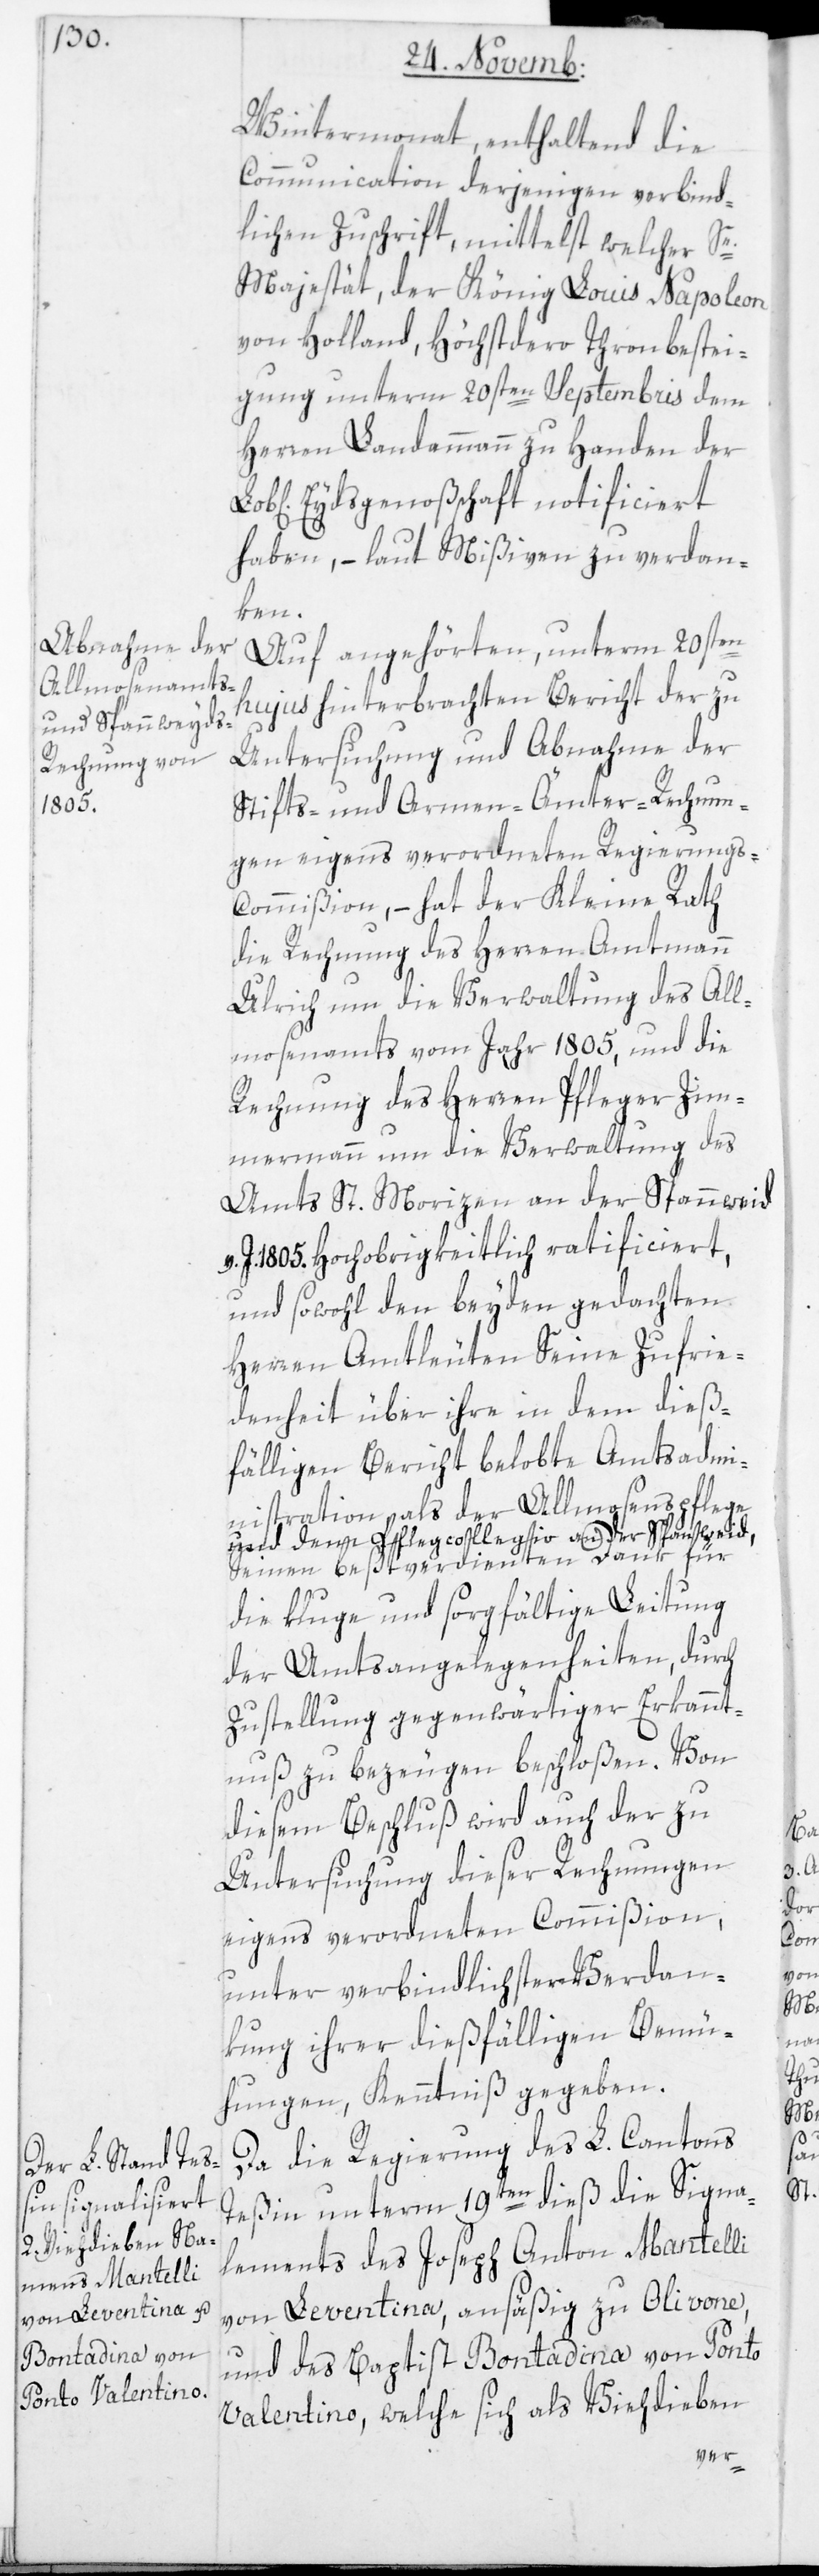
Wintermonat, enthaltend die
Communication derjenigen verbind¬
lichen Zuschrift, mittelst welcher Se
Majestät, der König Louis Napol[eon]
von Holland, Höchstdero Thronbestei¬
gung unterm 20sten Septembris dem
Herren Landammann zu Handen der
Eydsgenoßenschaft notificiert
haben, – laut Mißiven zu verdan¬
ken.
Auf angehörten, unterm 20sten
hujus hinterbrachten Bericht der zu
Untersuchung und Abnahme der
Stifts- und Armen-Ämter-Rechnun¬
gen eigens verordneten Regierungs-C¬
ommißion, – hat der Kleine Rath
die Rechnung des Herren Amtmann
Ulrich um die Verwaltung des All¬
mosenamts vom Jahr 1805, und die
Rechnung des Herren Pfleger Zim¬
mermann um die Verwaltung des
Amts St. Morizen an der Spannw[eyd]
J. 1805. Hochobrigkeitlich ratificiert,
und sowohl den beyden gedachten
Herren Amtleuten Seine Zufrie¬
denheit über ihre in dem dieß¬
fälligen Bericht belobte Amtsadmi¬
nistration als der Allmosenpflege
und dem Pflegcollegio an der Spannweid,
Seinen beßtverdienten Dank für
die kluge und sorgfältige Leitung
der Amtsangelegenheiten, durch
Zustellung gegenwärtiger Erkannt¬
nuß zu bezeugen beschloßen. Von
diesem Beschluß wird auch der zu
Untersuchung dieser Rechnungen
eigens verordneten Commißion,
unter verbindlichster Verdan¬
kung ihrer dießfälligen Bemü¬
hungen, Kenntniß gegeben.
Da die Regierung des L. Cantons
Teßin unterm 19ten dieß die Signa¬
lements des Joseph Anton Mantelli
von Leventina, ansäßig zu Olivone,
und des Baptist Bontadina von Ponto
Valentino, welche sich als Viehdieben